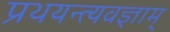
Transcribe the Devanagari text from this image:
प्रथयन्त्यवज्ञाम्‌